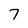
Character: 7